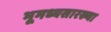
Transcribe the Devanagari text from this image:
भूमध्यसारख्या